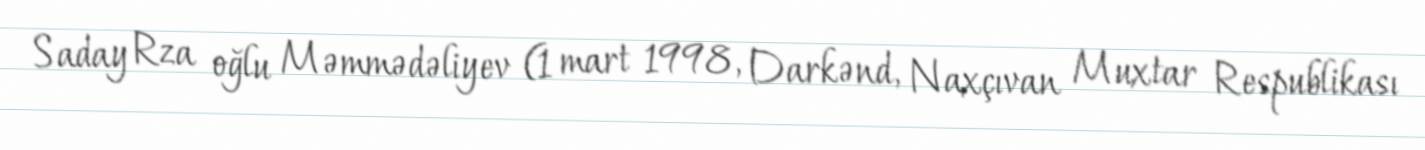
Saday Rza oğlu Məmmədəliyev (1 mart 1998, Darkənd, Naxçıvan Muxtar Respublikası